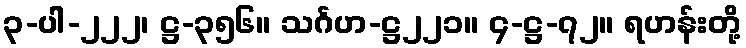
၃-ပါ-၂၂၂၊ ဋ္ဌ-၃၅၆။ သင်္ဂဟ-ဋ္ဌ၂၂၁။ ၄-ဋ္ဌ-၇၂။ ရဟန်းတို့